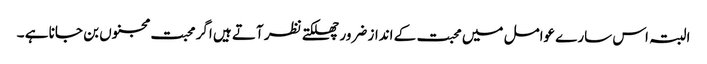
البتہ اس سارے عوامل میں محبت کے انداز ضرور چھلکتے نظر آتے ہیں اگر محبت مجنوں بن جانا ہے ۔